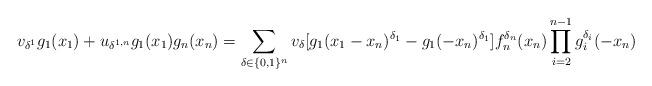
LaTeX: \begin{align*}v_{\delta^{1}}g_{1}(x_{1})+u_{\delta^{1,n}}g_{1}(x_{1})g_{n}(x_{n})=\sum_{\delta\in\{0,1\}^{n}}v_{\delta}[g_{1}(x_{1}-x_{n})^{\delta_{1}}-g_{1}(-x_{n})^{\delta_{1}}]f_{n}^{\delta_{n}}(x_{n})\prod_{i=2}^{n-1}g_{i}^{\delta_{i}}(-x_{n})\end{align*}